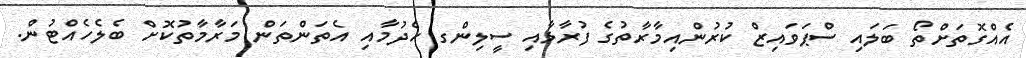
އެއްގޮތަށްތޯ ބަލައި ސްޕަވައިޒް ކުރުންއިމާރާތުގެ ފުރާޅާއި ސީލިންގ ހެދުމާއި އެތަންތަން މަރާމާތުކޮށް ބެލެހެއްޓުން.